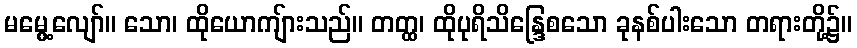
မမွေ့လျော်။ သော၊ ထိုယောကျ်ားသည်။ တတ္ထ၊ ထိုပုရိသိန္ဒြေစသော ခုနစ်ပါးသော တရားတို့၌။